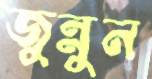
জুন্নুন